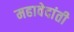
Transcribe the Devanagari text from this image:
महावेदांती